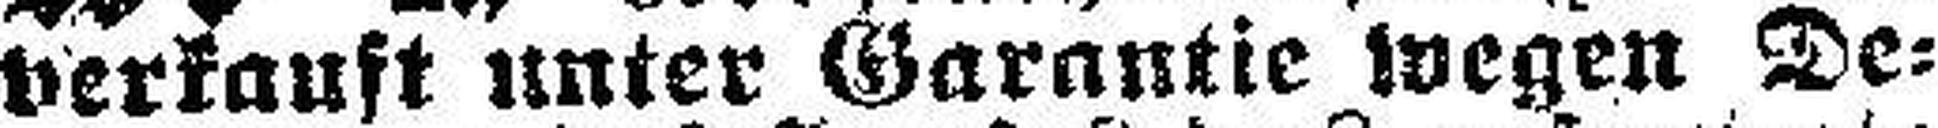
verkauft unter Garantie wegen De¬